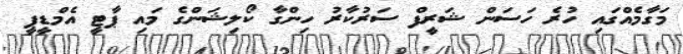
މަގާމެއްގައި ހުރެ ހަސަން ޝަރީފް ސަރުކާރު ހިންގާ ކޯލިޝަންގެ މައި ޕާޓީ އެމްޑީޕީ